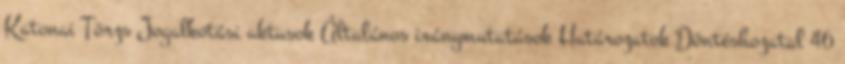
Katonai Törzs Jogalkotási aktusok Általános iránymutatások Határozatok Döntéshozatal 46